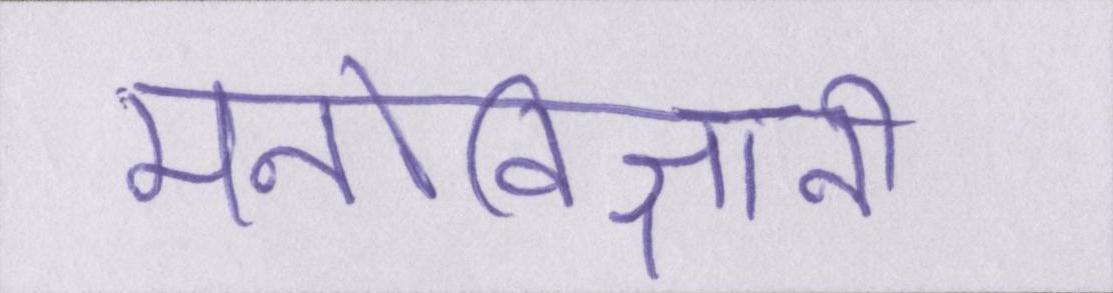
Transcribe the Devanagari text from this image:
मनोविज्ञानी